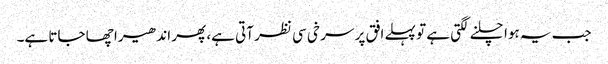
جب یہ ہوا چلنے لگتی ہے تو پہلے افق پر سر خی سی نظر آتی ہے، پھر اندھیرا چھا جاتا ہے۔